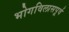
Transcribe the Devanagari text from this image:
भोगविलासपूर्व